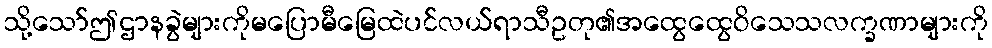
သို့သော်ဤဌာနခွဲများကိုမပြောမီမြေထဲပင်လယ်ရာသီဥတု၏အထွေထွေဝိသေသလက္ခဏာများကို